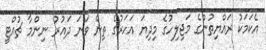
އެކަމަކު ރައްޔިތުންގެ މަޖިލިހުގެ މިދިޔަ އަހަރުގެ ތިން ވަނަ ދައުރު ނިންމާ ޗުއްޓީ